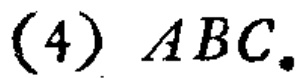
(4) \(ABC\).